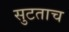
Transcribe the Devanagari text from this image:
सुटताच